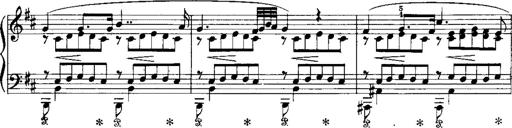
Title: RÃ©miniscences de Norma de Bellini
Composer: Franz Liszt